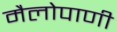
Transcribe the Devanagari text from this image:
मैलोपाणी